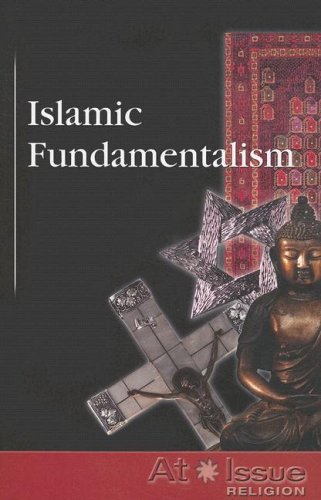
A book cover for Islamic Fundamentalism (At Issue); David M. Haugen; Teen & Young Adult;